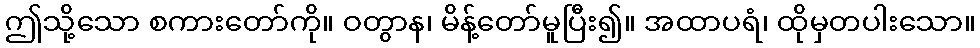
ဤသို့သော စကားတော်ကို။ ဝတွာန၊ မိန့်တော်မူပြီး၍။ အထာပရံ၊ ထိုမှတပါးသော။